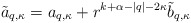
\begin{align*}\tilde a_{q,\kappa} = a_{q,\kappa} + r^{k+\alpha - |q| - 2\kappa} \tilde b_{q,\kappa}\end{align*}